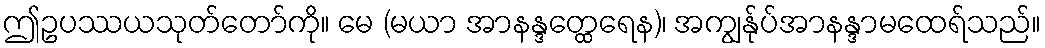
ဤဥပဿယသုတ်တော်ကို။ မေ (မယာ အာနန္ဒတ္ထေရေန)၊ အကျွန်ုပ်အာနန္ဒာမထေရ်သည်။